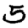
Digit: 5